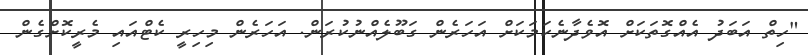
"ހިތް އަބަދު އެއްގޮތަކަށް އޮވެދާނެކަމަކަށް އަހަރެން ގަބޫލެއްނުކުރަން. އަހަރެން މިހިރީ ކެޓްއައި މެރީކޮށްގެން